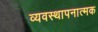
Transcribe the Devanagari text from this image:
व्यवस्थापनात्मक